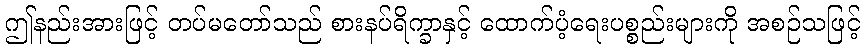
ဤနည်းအားဖြင့် တပ်မတော်သည် စားနပ်ရိက္ခာနှင့် ထောက်ပံ့ရေးပစ္စည်းများကို အစဉ်သဖြင့်